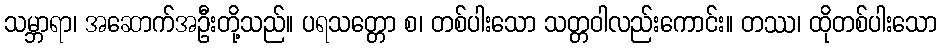
သမ္ဘာရာ၊ အဆောက်အဦးတို့သည်။ ပရသတ္တော စ၊ တစ်ပါးသော သတ္တဝါလည်းကောင်း။ တဿ၊ ထိုတစ်ပါးသော